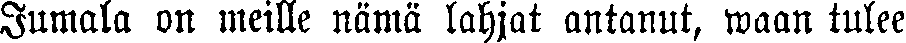
Jumala on meille nämä lahjat antanut, waan tulee